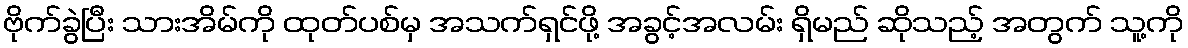
ဗိုက်ခွဲပြီး သားအိမ်ကို ထုတ်ပစ်မှ အသက်ရှင်ဖို့ အခွင့်အလမ်း ရှိမည် ဆိုသည့် အတွက် သူ့ကို